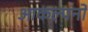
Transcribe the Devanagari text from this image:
आकल्पनों